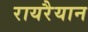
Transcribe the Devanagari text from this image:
रायरैयान